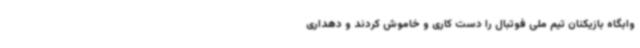
وابگاه بازیکنان تیم ملی فوتبال را دست کاری و خاموش کردند و دهداری